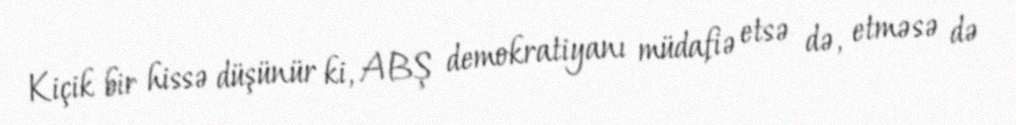
Kiçik bir hissə düşünür ki, ABŞ demokratiyanı müdafiə etsə də, etməsə də